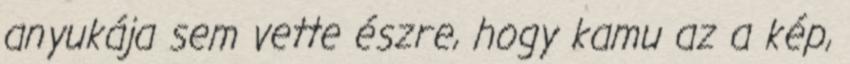
anyukája sem vette észre, hogy kamu az a kép,